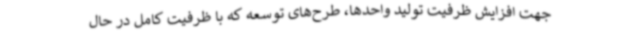
جهت افزایش ظرفیت تولید واحدها، طرح‌های توسعه که با ظرفیت کامل در حال